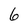
Character: 6